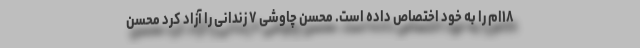
۱۸ام را به خود اختصاص داده است. محسن چاوشی ۷ زندانی را آزاد کرد محسن